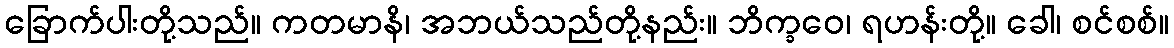
ခြောက်ပါးတို့သည်။ ကတမာနိ၊ အဘယ်သည်တို့နည်း။ ဘိက္ခဝေ၊ ရဟန်းတို့။ ခေါ၊ စင်စစ်။